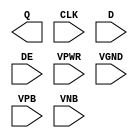
module sky130_fd_sc_hd__edfxtp (
    Q   ,
    CLK ,
    D   ,
    DE  ,
    VPWR,
    VGND,
    VPB ,
    VNB
);

    output Q   ;
    input  CLK ;
    input  D   ;
    input  DE  ;
    input  VPWR;
    input  VGND;
    input  VPB ;
    input  VNB ;
endmodule